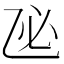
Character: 𢖮